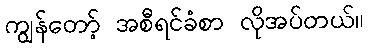
ကျွန်တော့် အစီရင်ခံစာ လိုအပ်တယ်။